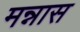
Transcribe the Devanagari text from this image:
मन्नास